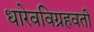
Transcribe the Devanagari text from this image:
धारेवविग्रहवती